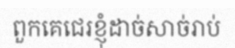
ពួកគេជេរខ្ញុំដាច់សាច់រាប់